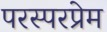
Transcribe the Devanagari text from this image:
परस्परप्रेम